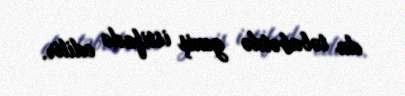
da təbabətdə geniş istifadə edilir.